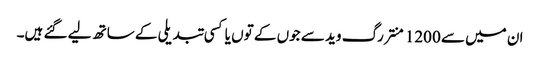
ان میں سے 1200 منتر رگ وید سے جوں کے توں یا کسی تبدیلی کے ساتھ لیے گئے ہیں۔